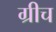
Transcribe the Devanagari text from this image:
ग्रीच